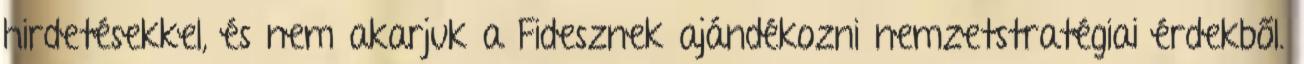
hirdetésekkel, és nem akarjuk a Fidesznek ajándékozni nemzetstratégiai érdekből.